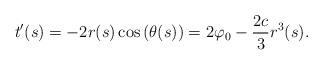
LaTeX: \begin{align*}t'(s)=-2r(s)\cos{\left(\theta(s)\right)}=2\varphi_0-\frac{2c}{3}r^3(s).\end{align*}